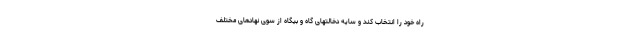
راه خود را انتخاب کند و سایه دخالتهای گاه و بیگاه از سوی نهادهای مختلف